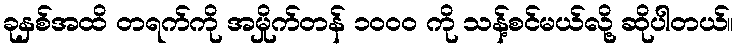
ခုနှစ်အထိ တရက်ကို အမှိုက်တန် ၁၀၀၀ ကို သန့်စင်မယ်လို့ ဆိုပါတယ်။